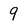
Character: 9